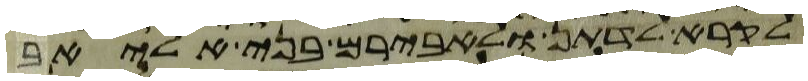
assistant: לקרא לדתן ולאבירם בני אליאב